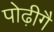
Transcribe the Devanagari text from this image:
पोढ़ीगै